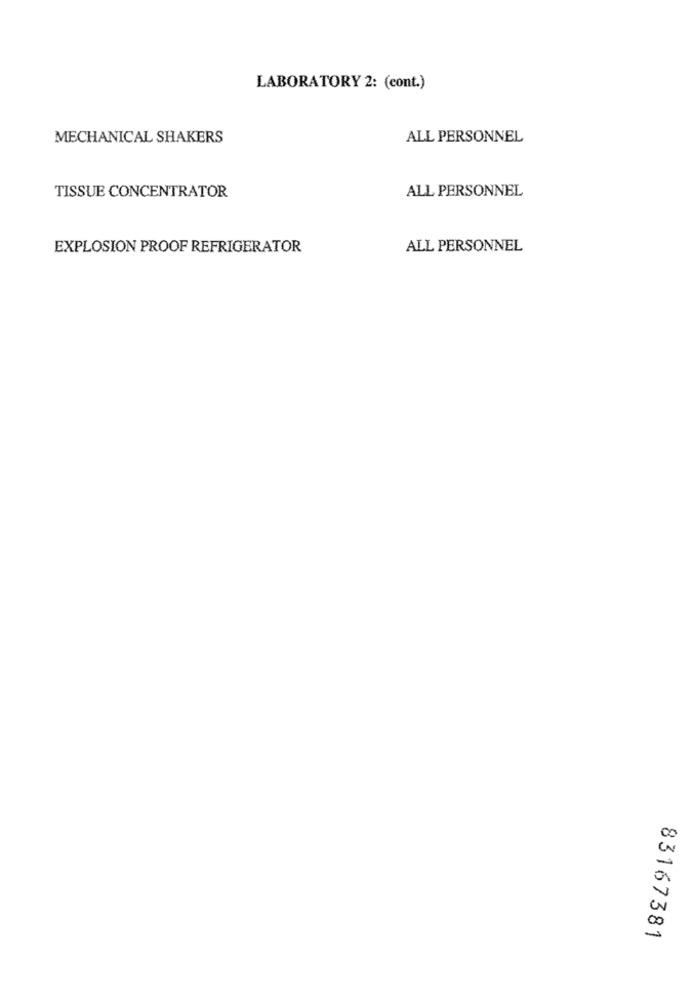
LABORATORY 2: (cont.)
MECHANICAL SHAKERS
ALL PERSONNEL
ALL PERSONNEL
TISSUE CONCENTRATOR
EXPLOSION PROOF REFRIGERATOR
ALL PERSONNEL
83167381